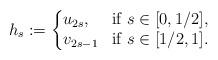
LaTeX: \begin{align*}h_s:=\left\{ \begin{array}{@{}ll} u_{2s}, & \mbox{if }s\in[0,1/2], \\ v_{2s-1} & \mbox{if }s\in[1/2,1]. \end{array}\right.\end{align*}